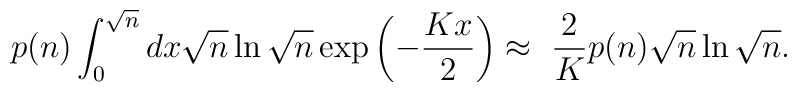
p(n) \int^{\sqrt n}_{0} dx \sqrt n\ln\sqrt n \exp\left(-{Kx\over 2}\right)\approx \ { 2\over K} p(n) \sqrt n\ln\sqrt n.